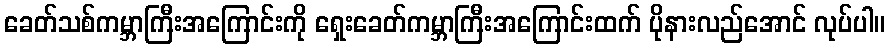
ခေတ်သစ်ကမ္ဘာကြီးအကြောင်းကို ရှေးခေတ်ကမ္ဘာကြီးအကြောင်းထက် ပိုနားလည်အောင် လုပ်ပါ။